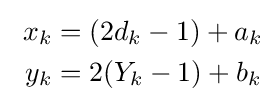
{\begin{aligned}~x_{k}&=(2d_{k}-1)+a_{k}\\~y_{k}&=2(Y_{k}-1)+b_{k}\end{aligned}}